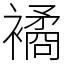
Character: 𧝃